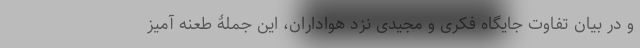
و در بیان تفاوت جایگاه فکری و مجیدی نزد هواداران، این جملۀ طعنه آمیز